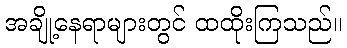
အချို့နေရာများတွင် ထထိုးကြသည်။